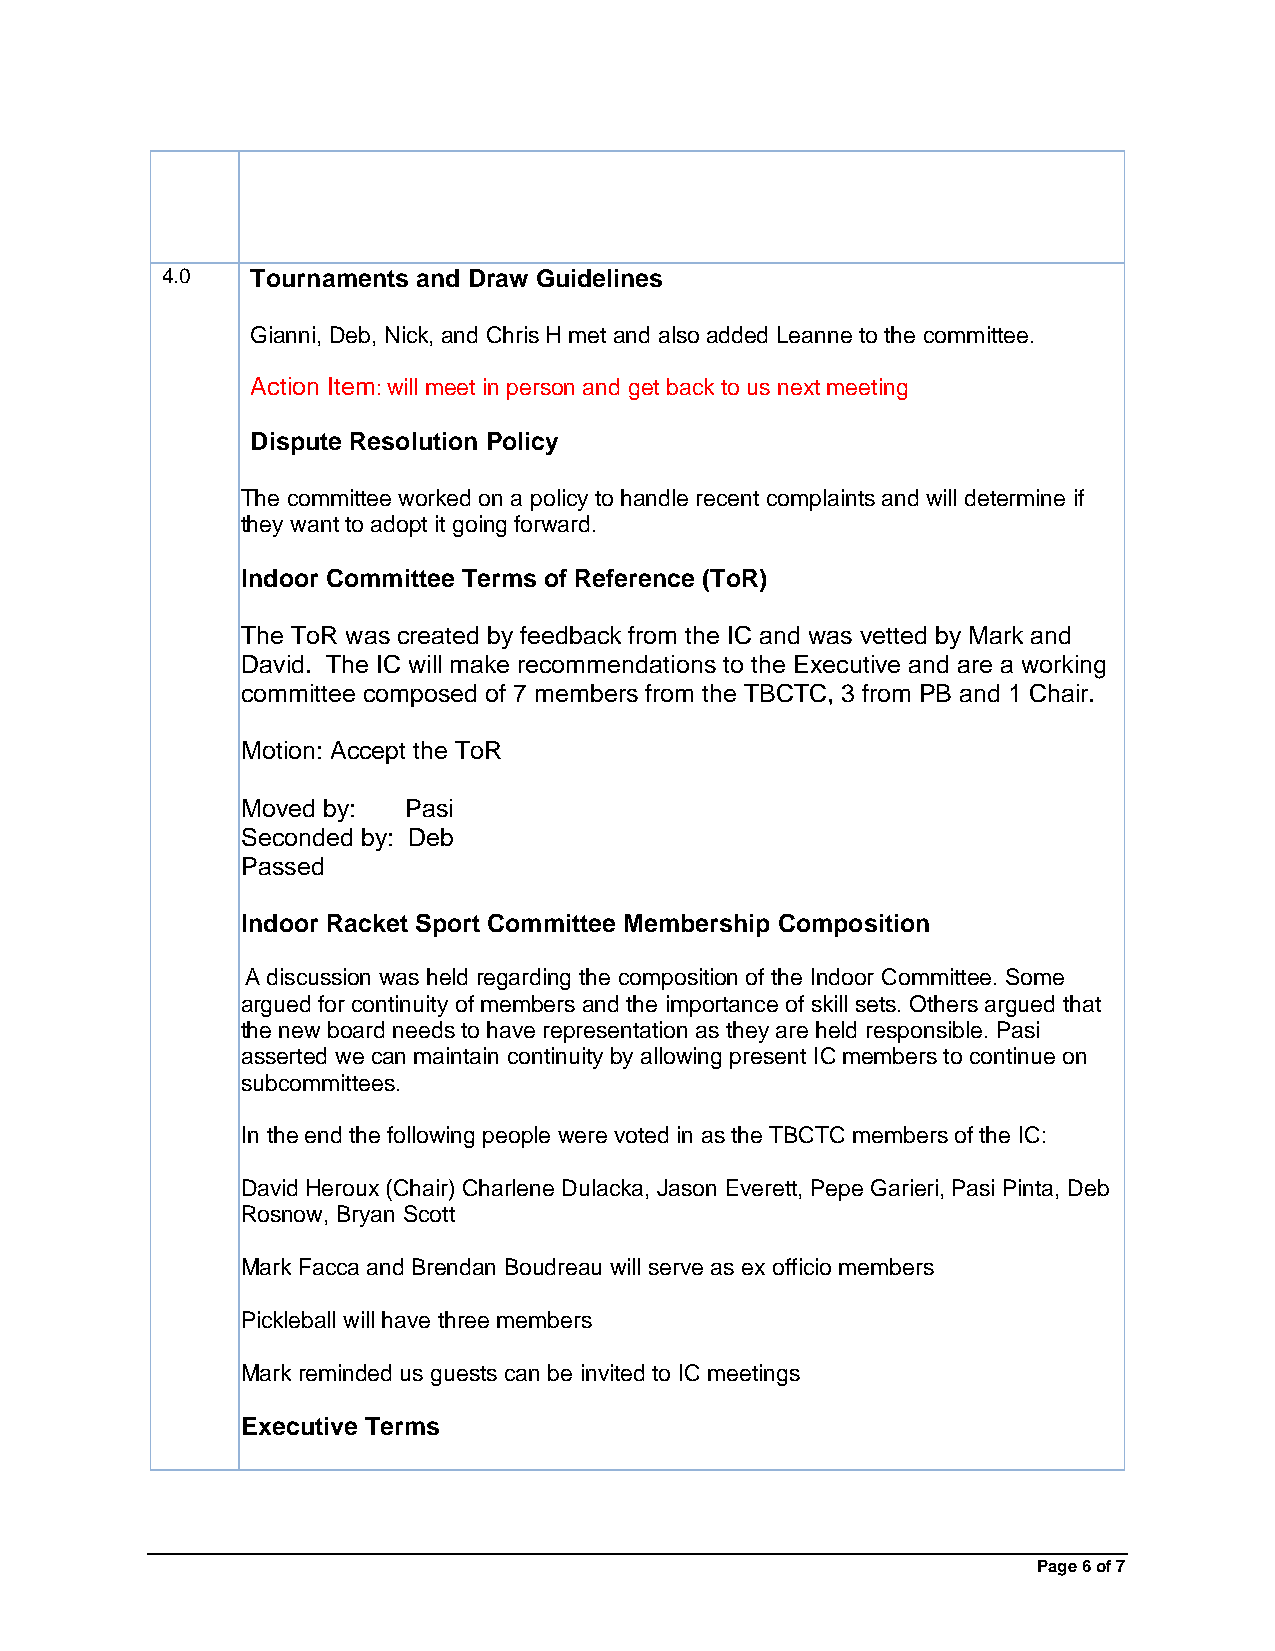
4.0   Tournaments and Draw Guidelines
 Gianni, Deb, Nick, and Chris H met and also added Leanne to the committee.
 Action Item: will meet in person and get back to us next meeting
 Dispute Resolution Policy
 The committee worked on a policy to handle recent complaints and will determine if
 they want to adopt it going forward.
 Indoor Committee Terms of Reference (ToR)
 The ToR was created by feedback from the IC and was vetted by Mark and
 David. The IC will make recommendations to the Executive and are a working
 committee composed of 7 members from the TBCTC, 3 from PB and 1 Chair.
 Motion: Accept the ToR
 Moved by:  Pasi
 Seconded by: Deb
 Passed
 Indoor Racket Sport Committee Membership Composition
 A discussion was held regarding the composition of the Indoor Committee. Some
 argued for continuity of members and the importance of skill sets. Others argued that
 the new board needs to have representation as they are held responsible. Pasi
 asserted we can maintain continuity by allowing present IC members to continue on
 subcommittees.
 In the end the following people were voted in as the TBCTC members of the IC:
 David Heroux (Chair) Charlene Dulacka, Jason Everett, Pepe Garieri, Pasi Pinta, Deb
 Rosnow, Bryan Scott
 Mark Facca and Brendan Boudreau will serve as ex officio members
 Pickleball will have three members
 Mark reminded us guests can be invited to IC meetings
 Executive Terms
 Page 6 of 7